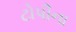
ટોપીના